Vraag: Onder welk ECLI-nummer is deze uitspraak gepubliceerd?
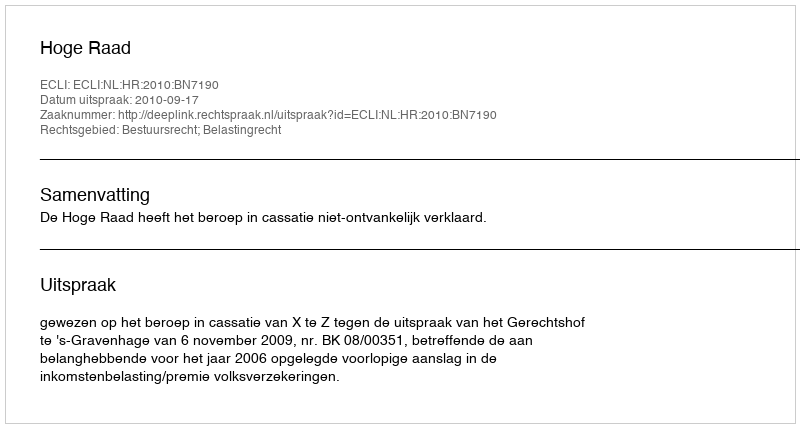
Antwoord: ECLI:NL:HR:2010:BN7190